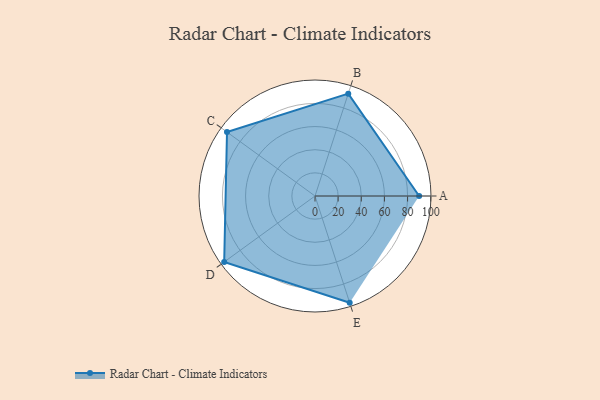
{"axis": {"x": "Skill", "y": "Score"}, "legend": ["Profile"], "data": [{"x": "A", "y": 90.0, "type": "Profile"}, {"x": "B", "y": 93.0, "type": "Profile"}, {"x": "C", "y": 94.0, "type": "Profile"}, {"x": "D", "y": 97.0, "type": "Profile"}, {"x": "E", "y": 97.0, "type": "Profile"}]}